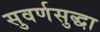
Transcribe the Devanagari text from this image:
सुवर्णसुद्धा